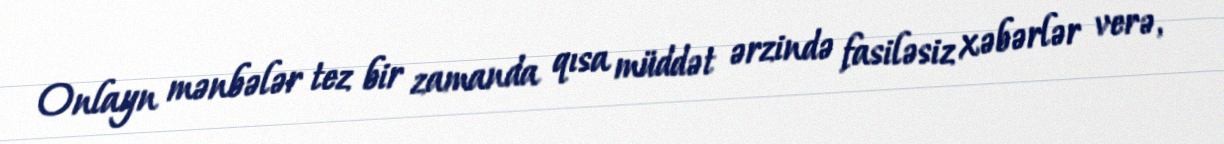
Onlayn mənbələr tez bir zamanda qısa müddət ərzində fasiləsiz xəbərlər verə,